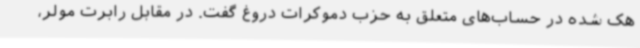
هک شده در حساب‌های متعلق به حزب دموکرات دروغ گفت. در مقابل رابرت مولر،